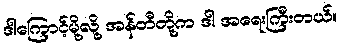
ဒါကြောင့်မို့လို့ အန်တီတို့က ဒါ အရေးကြီးတယ်။